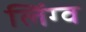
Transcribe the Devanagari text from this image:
लिंग्व